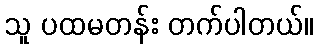
သူ ပထမတန်း တက်ပါတယ်။